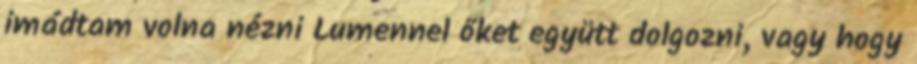
imádtam volna nézni Lumennel őket együtt dolgozni, vagy hogy